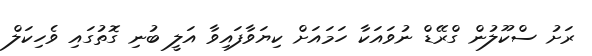
ރަށު ސްކޫލުން ގްރޭޑް ނުވައަކާ ހަމައަށް ކިޔަވާފައިވާ އަލީ ބުނި ގޮތުގައި ވެހިކަލް